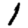
Digit: 1